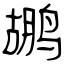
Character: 鹕